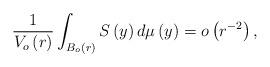
LaTeX: \begin{align*}\frac{1}{V_{o}\left( r\right) }\int_{B_{o}\left( r\right) }S\left( y\right)d\mu \left( y\right) =o\left( r^{-2}\right) , \end{align*}